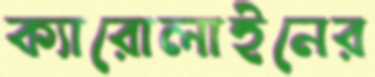
ক্যারোলাইনের